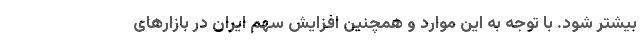
بیشتر شود. با توجه به این موارد و همچنین افزایش سهم ایران در بازارهای